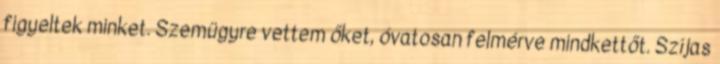
figyeltek minket. Szemügyre vettem őket, óvatosan felmérve mindkettőt. Szíjas